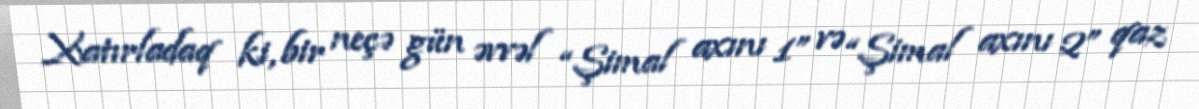
Xatırladaq ki, bir neçə gün əvvəl “Şimal axını 1” və “Şimal axını 2” qaz